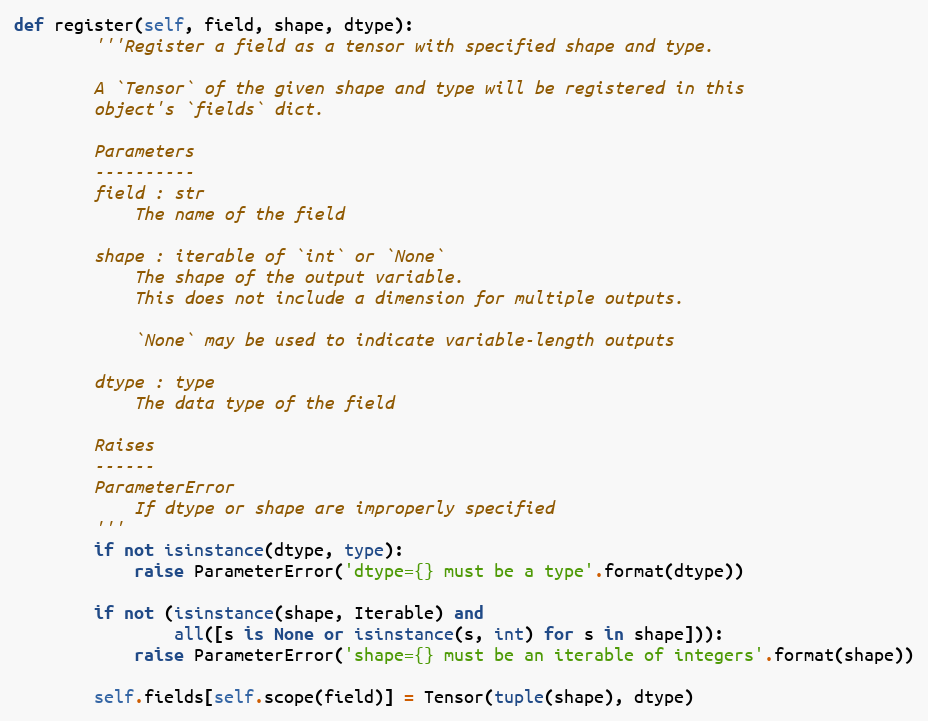
Language: Python
def register(self, field, shape, dtype):
        '''Register a field as a tensor with specified shape and type.

        A `Tensor` of the given shape and type will be registered in this
        object's `fields` dict.

        Parameters
        ----------
        field : str
            The name of the field

        shape : iterable of `int` or `None`
            The shape of the output variable.
            This does not include a dimension for multiple outputs.

            `None` may be used to indicate variable-length outputs

        dtype : type
            The data type of the field

        Raises
        ------
        ParameterError
            If dtype or shape are improperly specified
        '''
        if not isinstance(dtype, type):
            raise ParameterError('dtype={} must be a type'.format(dtype))

        if not (isinstance(shape, Iterable) and
                all([s is None or isinstance(s, int) for s in shape])):
            raise ParameterError('shape={} must be an iterable of integers'.format(shape))

        self.fields[self.scope(field)] = Tensor(tuple(shape), dtype)